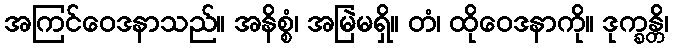
အကြင်ဝေဒနာသည်။ အနိစ္စံ၊ အမြဲမရှိ။ တံ၊ ထိုဝေဒနာကို။ ဒုက္ခန္တိ၊